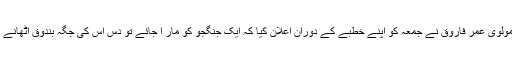
ادھر حریت رہنما مولوی عمر فاروق نے جمعہ کو اپنے خطبے کے دوران اعلان کیا کہ ایک جنگجو کو مار ا جائے تو دس اس کی جگہ بندوق اٹھانے کے لئے تیار ہیں ۔